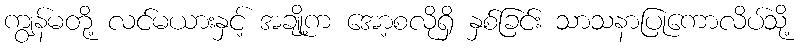
ကျွန်မတို့ လင်မယားနှင့် အချို့က အော့စလိုရှိ နှစ်ခြင်း သာသနာပြုကောလိပ်သို့